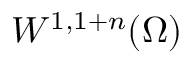
W ^ { 1 , 1 + n } ( \Omega )